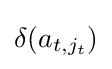
\delta (a_{t,j_{t}})